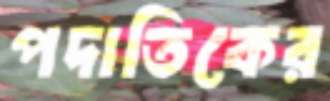
পদাতিকের